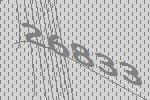
26833